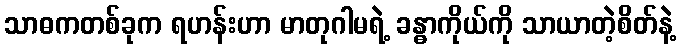
သာဓကတစ်ခုက ရဟန်းဟာ မာတုဂါမရဲ့ ခန္ဓာကိုယ်ကို သာယာတဲ့စိတ်နဲ့